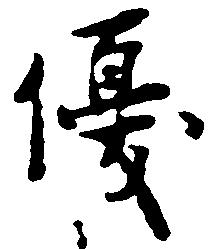
優